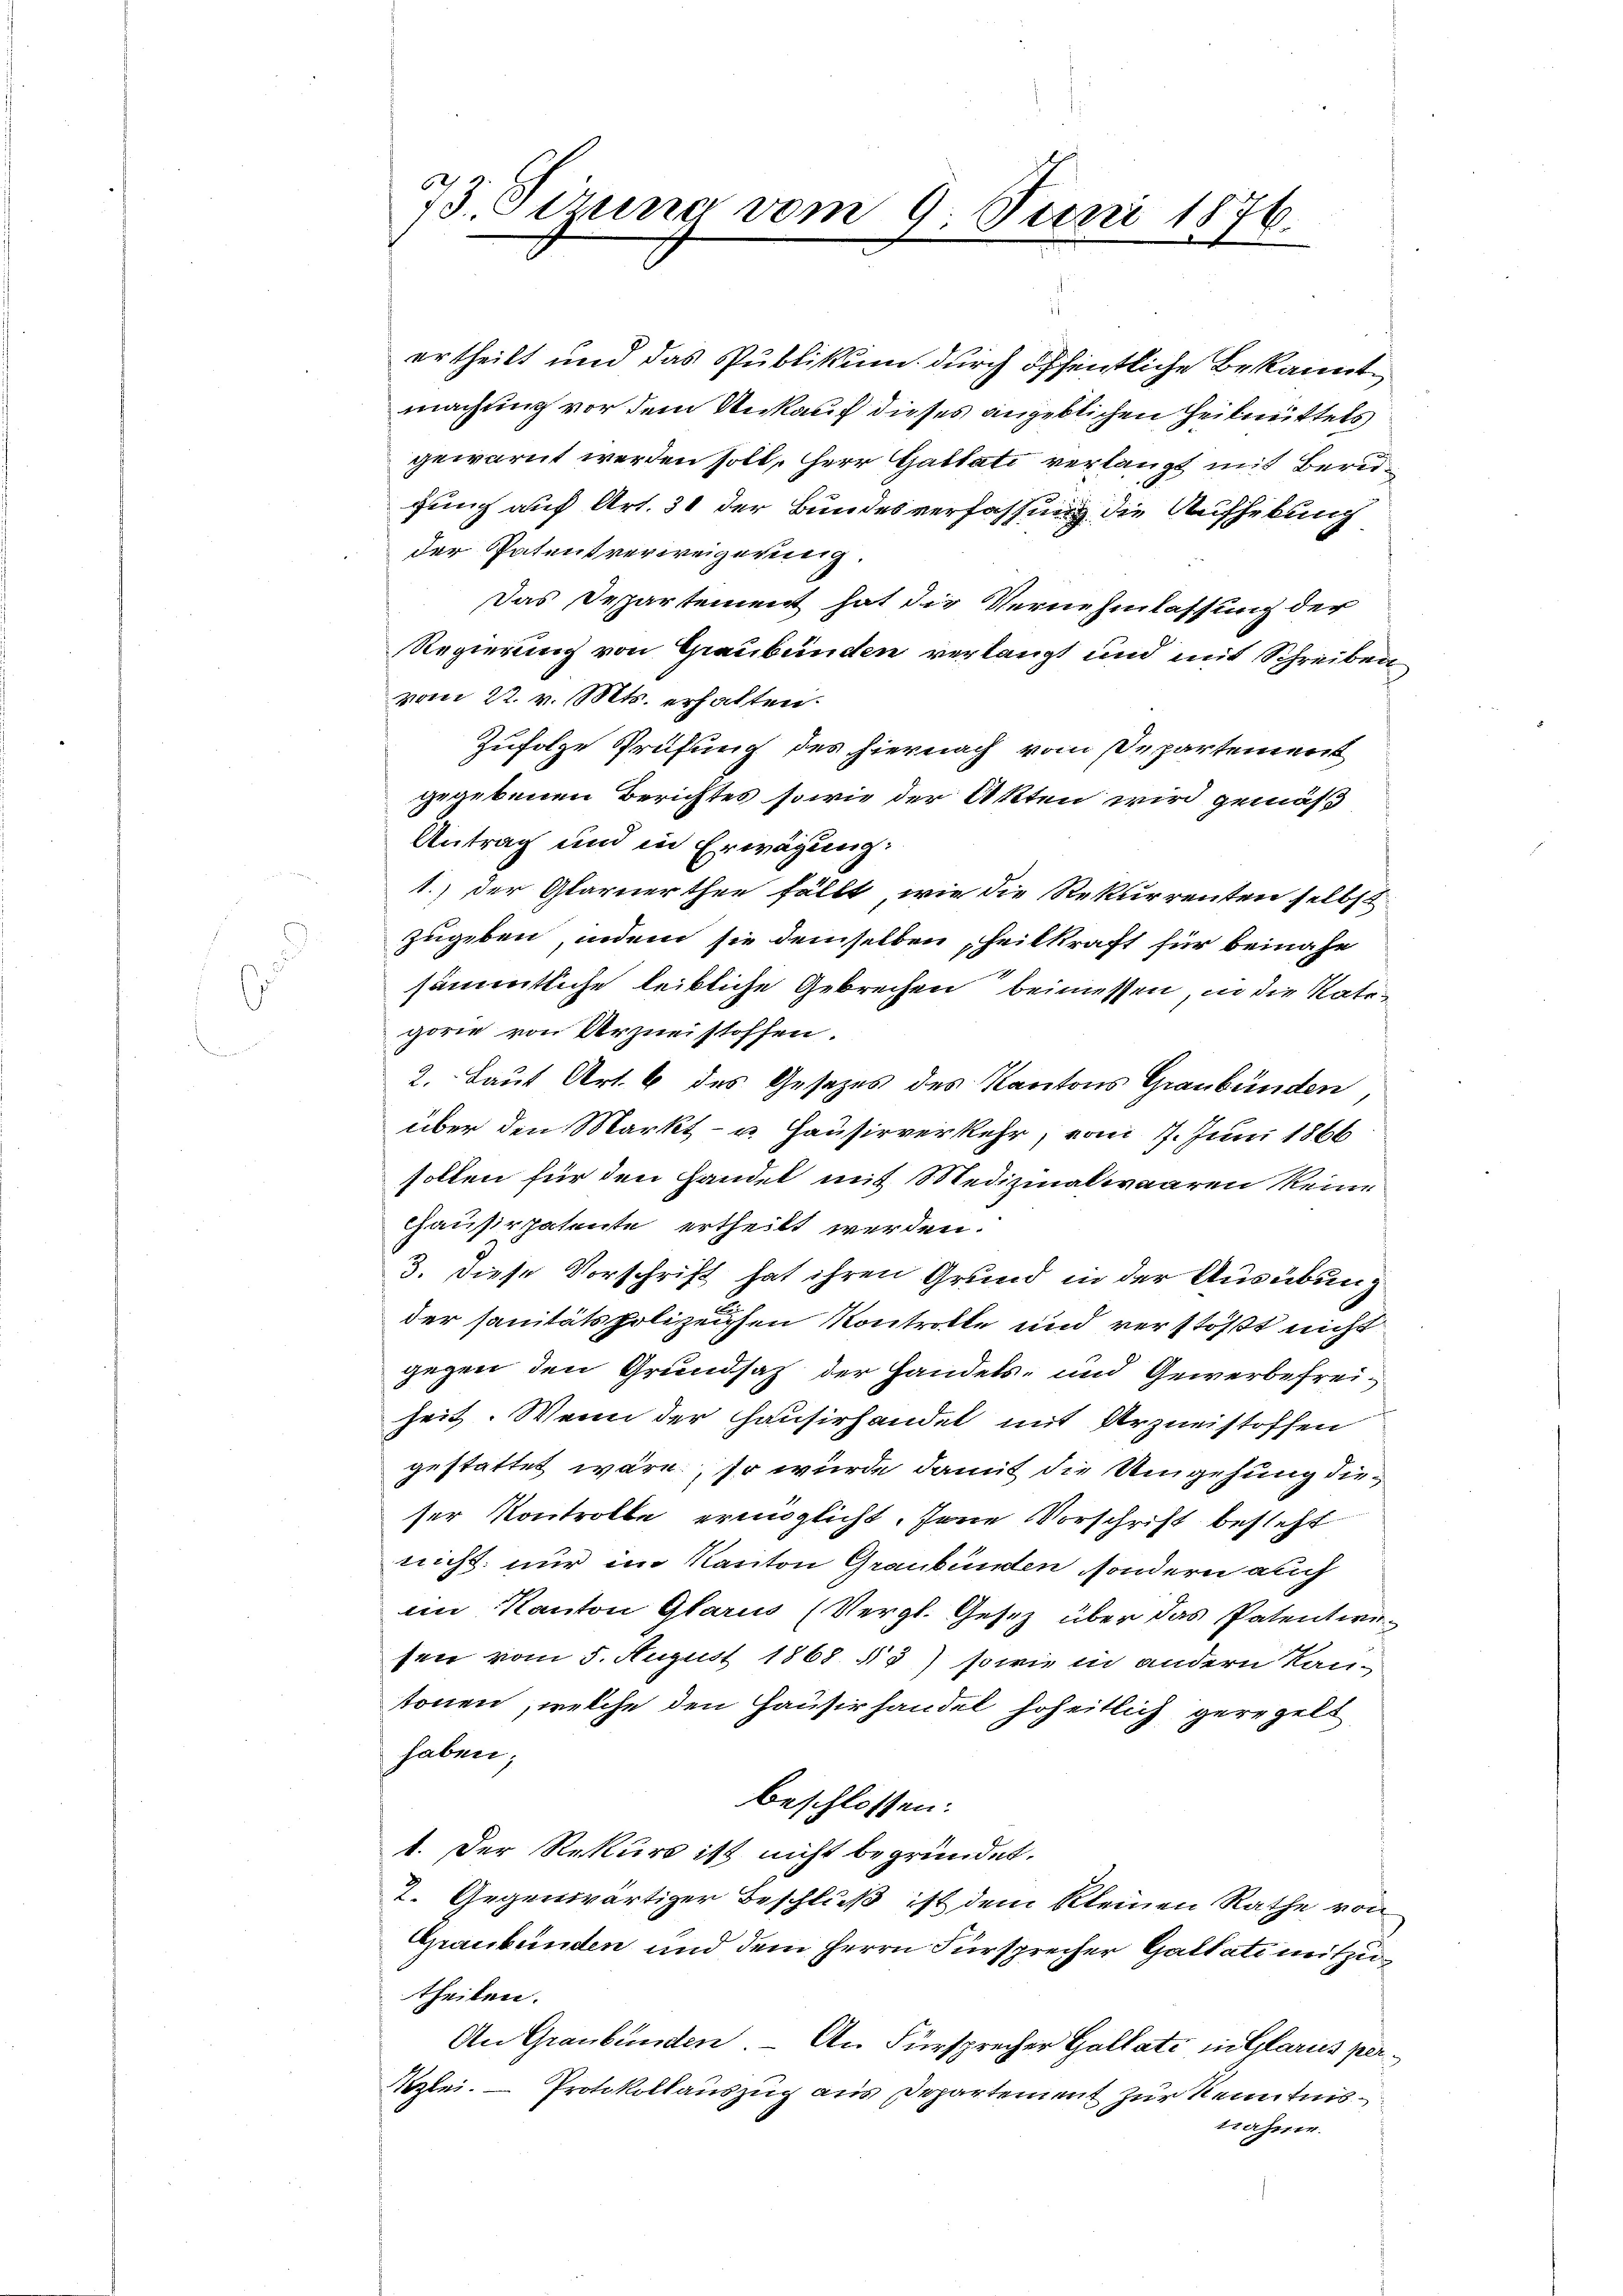
73. Sirung vom 9. Juni 1876.

ertheilt und das Publikum durch öffentliche Bekannt
machung vor dem Ankauf dieses angeblichen Zeitmittels
gewarnt werden soll, Herr Gattati verlangt mit Berugung auf Art. 31 der Bundesverfassung die Aufhebung
der Patentverweigerung.
Das Departement hat die Vernehmlassung der
Regierung von Graubünden verlangt und mit Schreiben
vom 22. v. Mts. erhalten.
Zufolge Prüfung des hiernach vom Departement
gegebenen Berichtes sowie der Akten wird gemäß
Antrag und in Erwägung:
1.) Der Glarnerthee fällt, wie die Rekurrenten selbst
zugeben, indem sie demselben heilkraft für beinahe
sämmtliche leibliche Gebrechen beimessen, in die Kategorie von Arzneistoffen.
2. Laut Art. 6 des Gesezes des Kantons Graubünden
über den Markt- u. Hausirverkehr, vom 7. Juni 1866
sollen für den Handel mit Medizinalwaaren keine
Gausirpatente ertheilt werden.
3. diese Vorschrift hat ihren Grund in der Ausübung
der sanitätspolizeichen Kontrolle und verstößt nicht
gegen den Grundsatz der Handels- und Gewerbefreiheit. Wenn der Hausirhandel mit Arzneistoffen
gestattet wäre, so würde damit die Umgehung dieser Kontrolle ermöglicht. Jene Vorschrift besteht
nicht nur im Kanton Graubünden, sondern auch
im Kanton Glarus (Vergl. Gesetz über das Patentiesen vom 5. August 1868 § 5) sowie in andern Kan-
tonen, welche den Hausirhandel hoheitlich geregelt
haben;
beschlossen:
1. Der Rekurs ist nicht begründet.
2. Gegenwärtiger Beschluß ist dem kleinen Rathe von
Graubünden und dem Herrn Fürsprecher Gallati mitzutheilen.
An Graubünden. – An Fürsprecher Gallate in Glarus perzlei. — Protokollauszug aus Departement zur Kenntnistrahner.